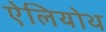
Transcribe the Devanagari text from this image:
ऐलियोथ